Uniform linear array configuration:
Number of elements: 32
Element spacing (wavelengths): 1
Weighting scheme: blackman
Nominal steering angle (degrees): -45
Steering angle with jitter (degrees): -43.156
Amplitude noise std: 0.05
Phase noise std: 0.05

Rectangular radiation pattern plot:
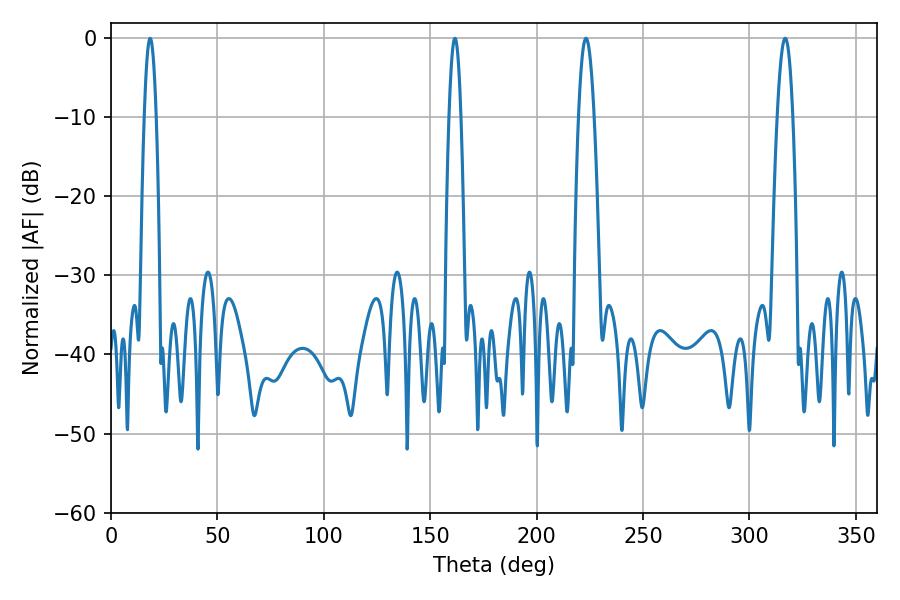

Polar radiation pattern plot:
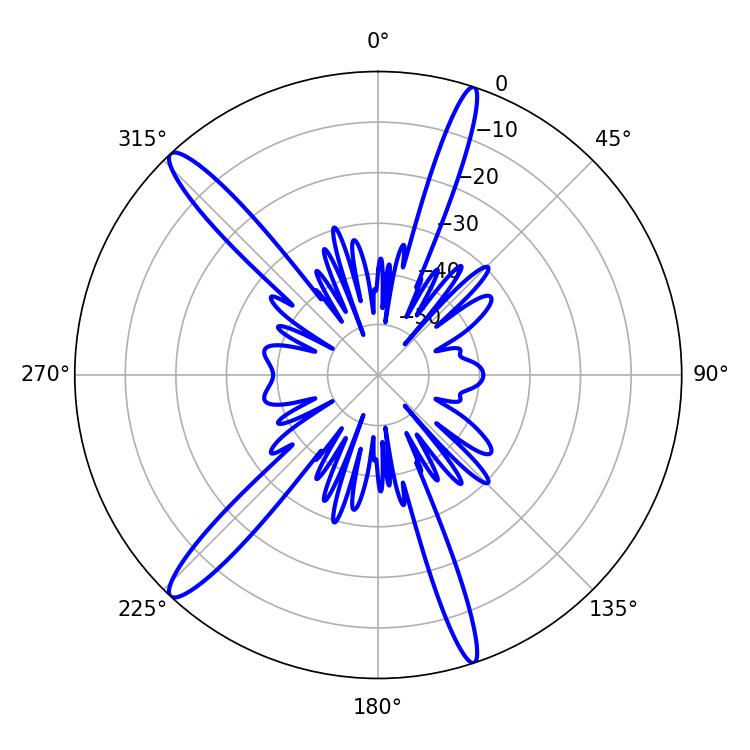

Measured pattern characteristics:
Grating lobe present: TRUE
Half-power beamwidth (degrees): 3.96
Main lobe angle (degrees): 223.2